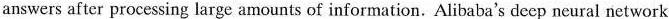
answers after processing large amounts of information. Alibaba's deep neural network